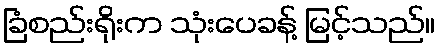
ခြံစည်းရိုးက သုံးပေခန့် မြင့်သည်။